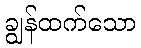
ချွန်ထက်သော